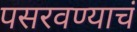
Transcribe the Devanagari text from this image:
पसरवण्याचं